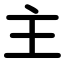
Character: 主